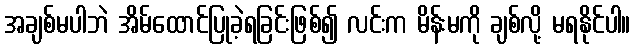
အချစ်မပါဘဲ အိမ်ထောင်ပြုခဲ့ရခြင်းဖြစ်၍ လင်းက မိန်းမကို ချစ်လို့ မရနိုင်ပါ။